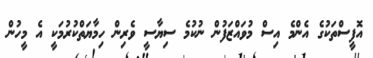
އޮފީސްތަކުގެ އެންމެ އިސް މުވައްޒަފުން ނުކުމެ ސިޔާސީ ވެރިން ހިމާޔަތްކުރުމަކީ އެ މީހުން